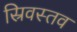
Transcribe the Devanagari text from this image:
स्रिवस्तव